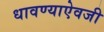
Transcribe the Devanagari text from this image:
धावण्याऐवजी